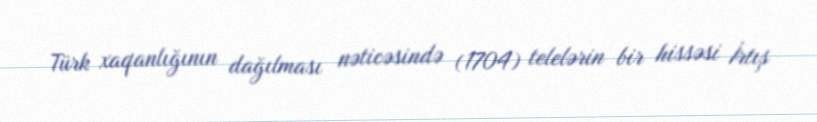
Türk xaqanlığının dağılması nəticəsində (1704) telelərin bir hissəsi İrtış